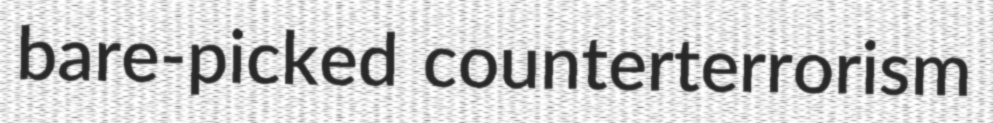
bare-picked counterterrorism